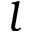
l